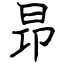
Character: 昻